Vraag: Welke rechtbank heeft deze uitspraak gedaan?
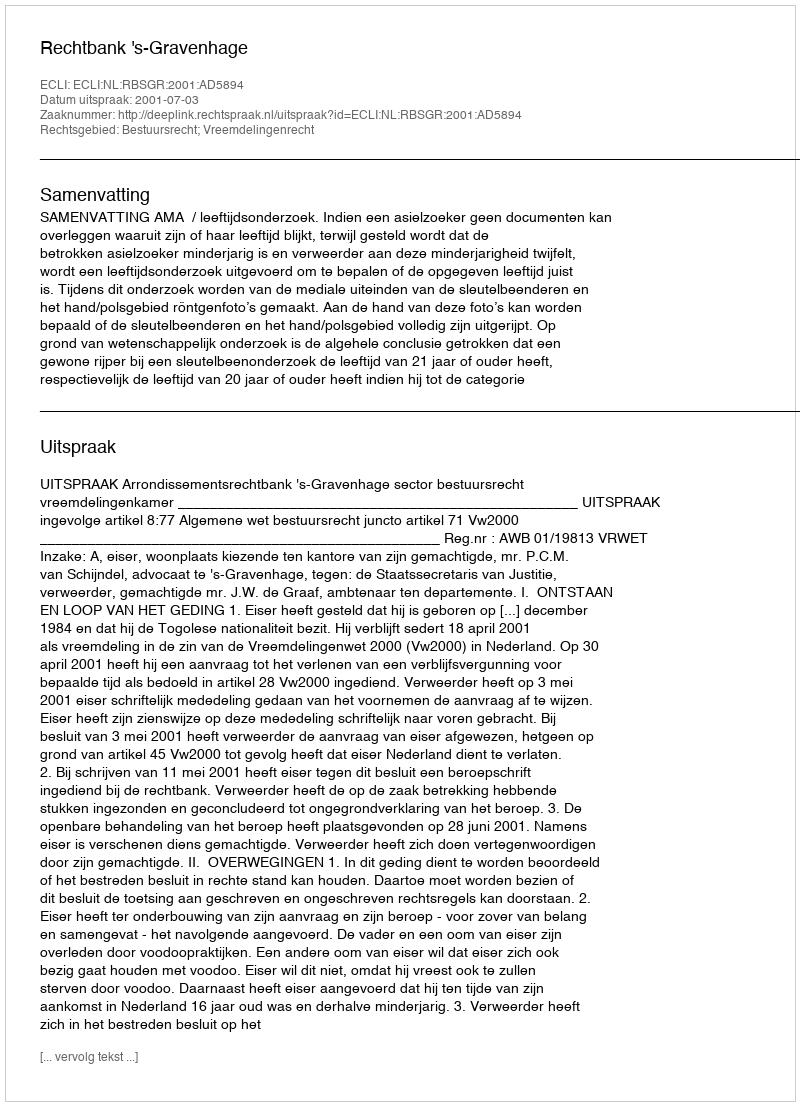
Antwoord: Rechtbank 's-Gravenhage